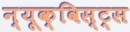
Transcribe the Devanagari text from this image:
न्यूक्विस्ट्स